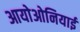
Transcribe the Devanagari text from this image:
आयोओनियाई